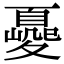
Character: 𡕿